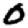
Digit: 0